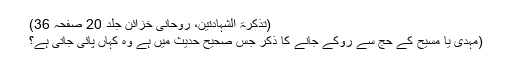
(تذکرۃ الشہادتین، روحانی خزائن جلد 20 صفحہ 36)
(مہدی یا مسیح کے حج سے روکے جانے کا ذکر جس صحیح حدیث میں ہے وہ کہاں پائی جاتی ہے؟